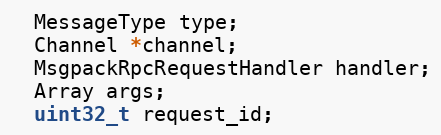
Language: C
  MessageType type;
  Channel *channel;
  MsgpackRpcRequestHandler handler;
  Array args;
  uint32_t request_id;